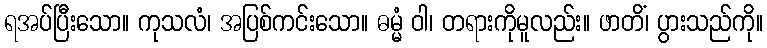
ရအပ်ပြီးသော။ ကုသလံ၊ အပြစ်ကင်းသော။ ဓမ္မံ ဝါ၊ တရားကိုမူလည်း။ ဖာတိံ၊ ပွားသည်ကို။